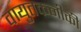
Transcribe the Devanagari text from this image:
वायुतकनीकी